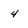
Character: 4